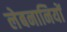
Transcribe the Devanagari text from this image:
लेबनानियों